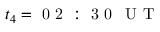
t _ { 4 } = \mathrm { ~ 0 ~ 2 ~ : ~ 3 ~ 0 ~ \, ~ U ~ T ~ }